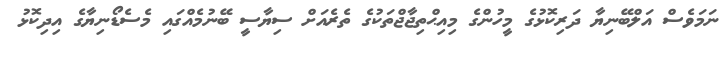
ނަމަވެސް އަލްބޭނިޔާ ދަރިކޮޅުގެ މީހުންގެ މިއިޙްތިޖާޖްތަކުގެ ތެރެއަށް ސިޔާސީ ބޭނުމެއްގައި މެސެޑޯނިޔާގެ އިދިކޮޅު